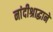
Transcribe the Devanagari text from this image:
नांदीश्राद्धानें